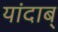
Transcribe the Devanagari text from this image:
यांदाब्